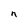
Character: n